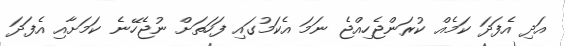
އަދި އެފަދަ ކަމެއް ކުރަންޖެހިއްޖެ ނަމަ އެކަމުގައި ފަހަތަށް ނުޖެހޭނެ ކަމަށާއި އެފަދަ